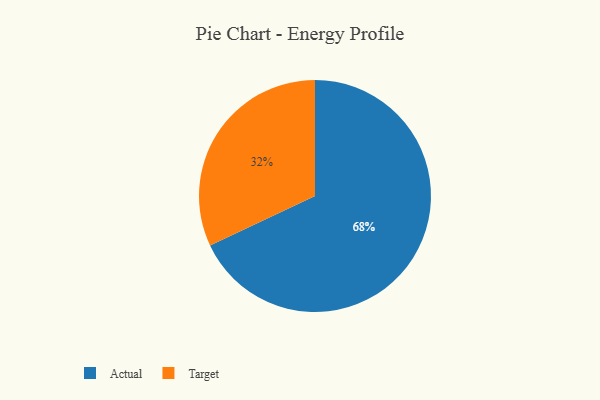
{"axis": {"x": "Category", "y": "Percentage"}, "legend": ["Actual", "Target"], "data": [{"x": "Actual", "y": 68, "type": "Actual"}, {"x": "Target", "y": 32, "type": "Target"}]}